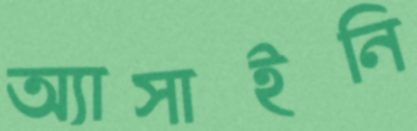
অ্যাসাইনি